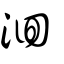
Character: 洄